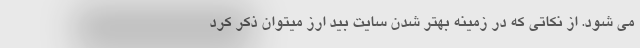
می شود. از نکاتی که در زمینه بهتر شدن سایت بید ارز میتوان ذکر کرد